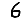
Digit: 6